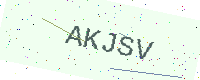
Text: AKJSV